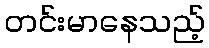
တင်းမာနေသည့်